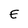
Character: E